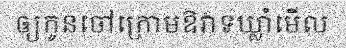
ឲ្យកូនចៅក្រោមឱវាទឃ្លាំមើល